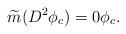
LaTeX: \begin{align*}\widetilde{m}(D^2 \phi_c)=0 \phi_c.\end{align*}